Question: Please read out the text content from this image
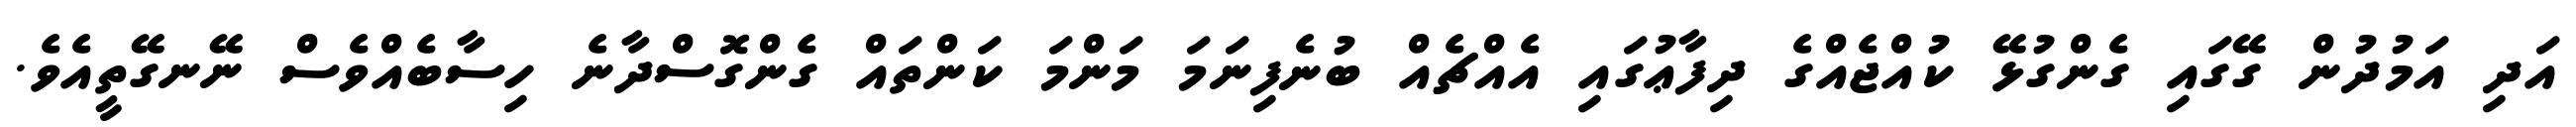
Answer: އަދި އަމުދުން ގޭގައި ގެންގުޅޭ ކުއްޖެއްގެ ދިފާޢުގައި އެއްޗެއް ބުނެފިނަމަ މަންމަ ކަންތައް ގެންގޮސްދާނެ ހިސާބެއްވެސް ނޭނގޭތީއެވެ.